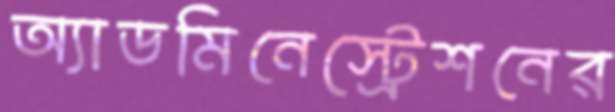
অ্যাডমিনেস্ট্রেশনের